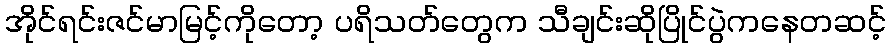
အိုင်ရင်းဇင်မာမြင့်ကိုတော့ ပရိသတ်တွေက သီချင်းဆိုပြိုင်ပွဲကနေတဆင့်